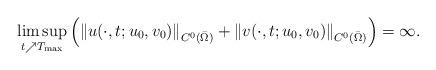
LaTeX: \begin{align*}\limsup_{t \nearrow T_{\max}}\left( \left\| u(\cdot,t;u_0,v_0) \right\|_{C^0(\bar \Omega)} +\left\| v(\cdot,t;u_0,v_0) \right\|_{C^0(\bar \Omega)}\right) =\infty.\end{align*}